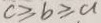
c \geq b \geq a